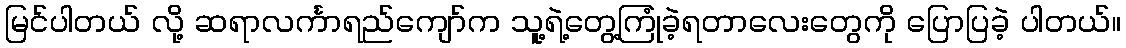
မြင်ပါတယ် လို့ ဆရာလင်္ကာရည်ကျော်က သူ့ရဲ့တွေ့ကြုံခဲ့ရတာလေးတွေကို ပြောပြခဲ့ ပါတယ်။